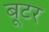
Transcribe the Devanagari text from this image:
बूटर